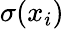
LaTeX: \sigma(x_{i})